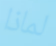
لماذا